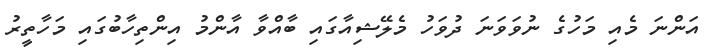
އަންނަ މެއި މަހުގެ ނުވަވަނަ ދުވަހު މެލޭޝިއާގައި ބާއްވާ އާންމު އިންތިހާބުގައި މަހާތީރު